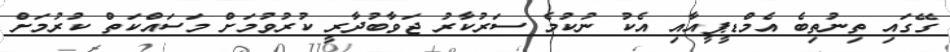
ގޭގައި ތިނުތިބެ އެމްޑީޕީއާއި އެކު ނުކުމެ ސަރުކާރު ޖަވާބުދާރީ ކުރުވުމަށް މަސައްކަތް ކުރުމަށް